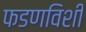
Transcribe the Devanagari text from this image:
फडणविशी